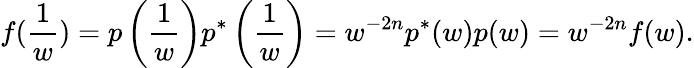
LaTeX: f({\frac{1}{w}})=p\left({\frac{1}{w}}\right)p^{*}\left({\frac{1}{w}}\right)=w^{-2n}p^{*}(w)p(w)=w^{-2n}f(w).